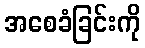
အစေခံခြင်းကို